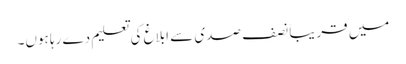
میں قریباً نصف صدی سے ابلاغ کی تعلیم دے رہا ہوں۔